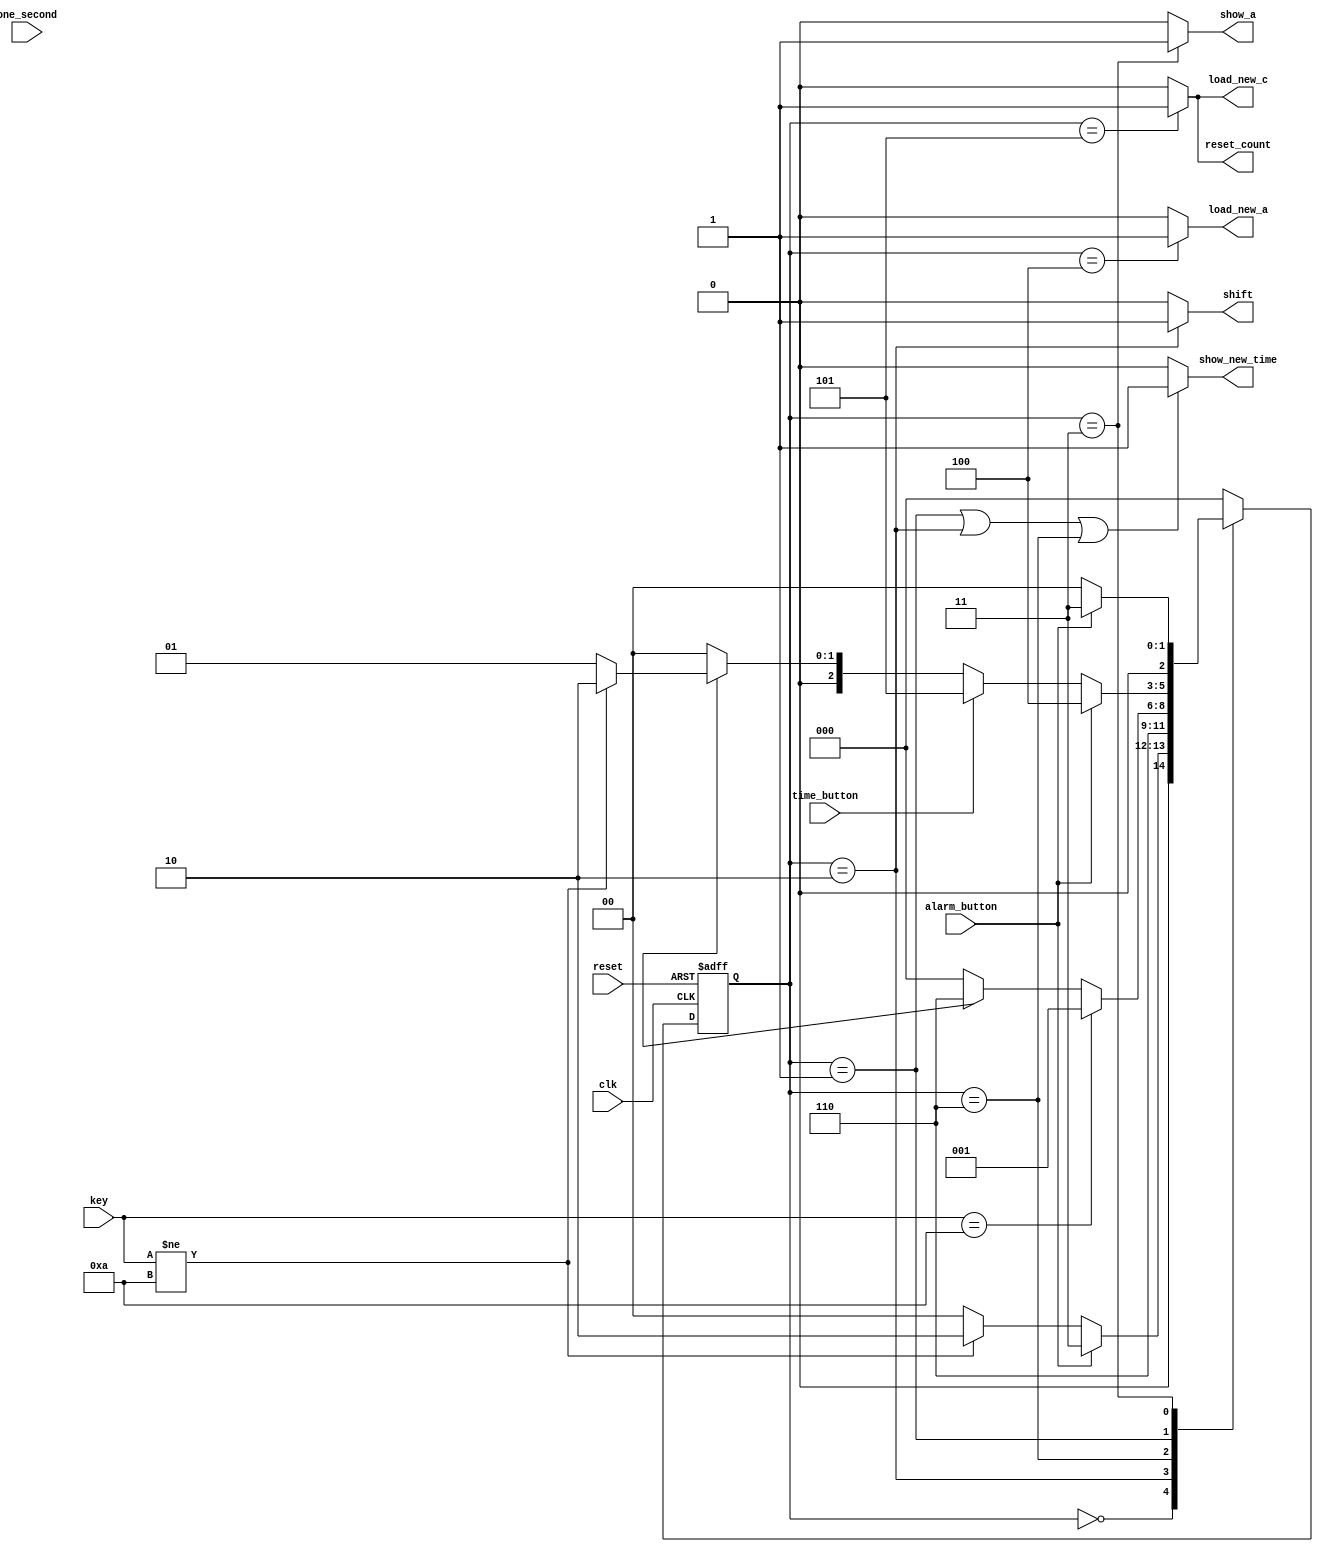
`timescale 1ns / 1ps
//////////////////////////////////////////////////////////////////////////////////
// Company: 
// Engineer: 
// 
// Design Name: 
// Module Name: alarm_clock
// Project Name: 
// Target Devices: 
// Tool Versions: 
// Description: 
// 
// Dependencies: 
// 
// Revision:
// Revision 0.01 - File Created
// Additional Comments:
// 
//////////////////////////////////////////////////////////////////////////////////


module alarm_clock(
input clk,reset,one_second,time_button,alarm_button,
input[3:0]key,
output load_new_a,show_a,show_new_time,load_new_c,shift,reset_count

    );
    reg [2:0]pr_state,nxt_state;
    wire time_out;
    reg [3:0]count1,count2;
    
     parameter SHOW_TIME       = 3'b000;
     parameter KEY_ENTRY      = 3'b001;
     parameter KEY_STORED     = 3'b010;
     parameter SHOW_ALARM     = 3'b011;
     parameter SET_ALARM_TIME = 3'b100;
     parameter SET_CUR_TIME   = 3'b101;
     parameter KEY_WAITED     = 3'b110;
     parameter NO_KEY         = 10 ;
  
     always @(posedge clk or posedge reset)
     begin
     if(reset)
     count1<=4'd0;
     else if(!pr_state==KEY_ENTRY)
     count1<=0;
     else if(count1==4'd9)
     count1<=0; 
     else if(one_second)
     count1 <=count1+ 1'b1;
     
     end
       always @(posedge clk or posedge reset)
        begin
        if(reset)
        count2<=4'd0;
        else if(!pr_state==KEY_WAITED)
        count2<=0;
        else if(count1==4'd9)
        count2<=0; 
        else if(one_second)
        count2 <=count1+ 1'b1;
        
        end
       always@(posedge clk or posedge reset)
       begin
       if(reset)
       pr_state<=SHOW_TIME;
       else
       pr_state<=nxt_state;
       end
       always@(pr_state or key or alarm_button or time_button or time_out)
       begin
       case(pr_state)
       SHOW_TIME: 
           begin
           if(alarm_button)
           nxt_state=SHOW_ALARM;
           else if(key!=NO_KEY)
           nxt_state=KEY_STORED;
           else
           nxt_state=SHOW_TIME;
           end
       KEY_STORED:
           begin
           nxt_state=KEY_WAITED;
           end
       KEY_WAITED:
           begin
           if(key==NO_KEY)
           nxt_state=KEY_ENTRY;
           else if(time_out==0)
           nxt_state=SHOW_TIME;
           else
           nxt_state=KEY_WAITED;
           end
       KEY_ENTRY:
           begin
           if(alarm_button)
           nxt_state=SET_ALARM_TIME;
           else if(time_button)
           nxt_state=SET_CUR_TIME;
           else if(!time_out)
           nxt_state=SHOW_TIME;
           else if(key!=NO_KEY)
           nxt_state=KEY_STORED;
           else
           nxt_state=KEY_ENTRY;
           
           end
       SHOW_ALARM:
           begin
           if(!alarm_button)
           nxt_state=SHOW_TIME;
           else
           nxt_state=SHOW_ALARM;
           end
      SET_ALARM_TIME:
           begin
           nxt_state=SHOW_TIME;
           end
      SET_CUR_TIME:
           begin
           nxt_state=SHOW_TIME;
           end
      default:nxt_state=SHOW_TIME;
       endcase
       end
     assign show_new_time=(pr_state==KEY_ENTRY||pr_state==KEY_STORED||pr_state==KEY_WAITED)?1:0;
     assign load_new_a=(pr_state==SET_ALARM_TIME )?1:0;
     assign show_a=(pr_state==SHOW_ALARM)?1:0;
     assign load_new_c=(pr_state==SET_CUR_TIME )?1:0;
     assign reset_count=(pr_state==SET_CUR_TIME )?1:0;
     assign shift=(pr_state==KEY_STORED )?1:0;
     
     
       
    
endmodule